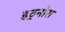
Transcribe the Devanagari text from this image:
हठ्नोरा